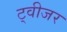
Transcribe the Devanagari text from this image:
ट्वीजर